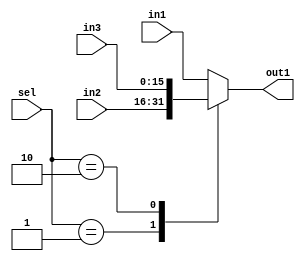
`timescale 1ns / 1ps


module Mux3_1_Demux #(parameter n=16)
(
    output 	reg	[n-1:0] 			out1,
    input 	 		[n-1:0] 			in1,
    input  			[n-1:0] 			in2,
    input  			[n-1:0] 			in3,
    input  			[1:0] 			sel
    );

always@(*)
begin 
  case(sel)
   2'b00:out1<=in1;
	2'b01:out1<=in2;
	2'b10:out1<=in3;
	default:out1<=in1;
  endcase
end

endmodule